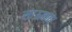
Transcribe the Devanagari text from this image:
साऊकार